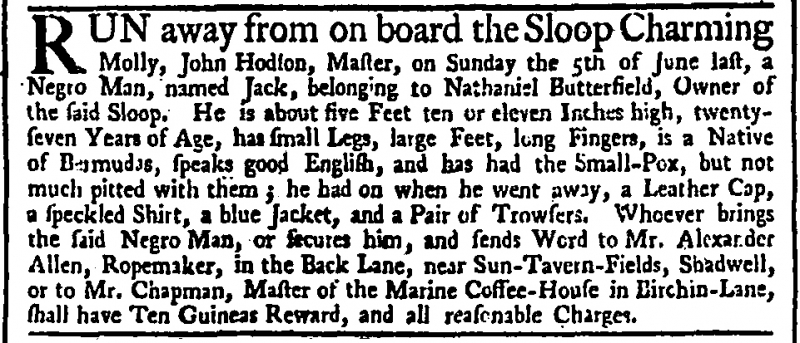
Daily Advertiser, 14 March 1744 (England)
RUN away from on board the Sloop Charming Molly, John Hodson, Master, on Sunday the 5th of June last, a Negro Man, named Jack, belonging to Nathaniel Butterfield, Owner of the said Sloop. He is about five Feet ten or eleven Inches high, twenty seven Years of Age, has small Legs, large Feet, long Fingers, is a Native of Bermudas, speaks good English, and has had the Small-Pox, but not much pitted with them; he had on when he went away, a Leather Cap, a speckled Shirt, a blue Jacket, and a Pair of Trowsers. Whoever brings the said Negro Man, or secures him, and sends Word to Mr. Alexander Allen, Ropemaker, in the Back Lane, near Sun-Tavern-Fields, Shadwell, or to Mr. Chapman, Master of the Marine Coffee-House in Birchin-Lane, shall have Ten Guineas Reward, and all reasonable Charges.